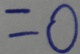
= 0